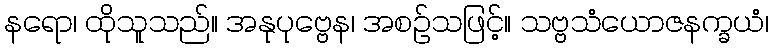
နရော၊ ထိုသူသည်။ အနုပုဗ္ဗေန၊ အစဉ်သဖြင့်။ သဗ္ဗသံယောဇနက္ခယံ၊